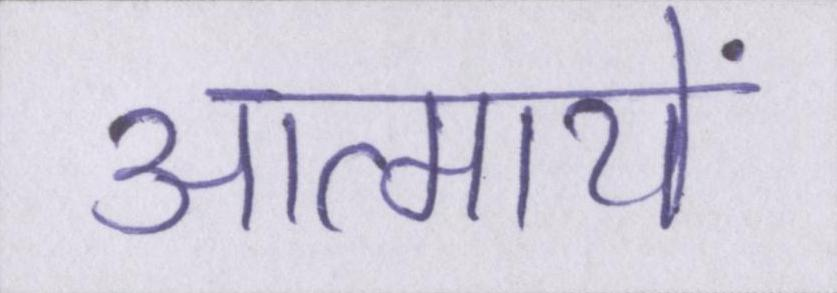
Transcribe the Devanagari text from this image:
आत्मायें